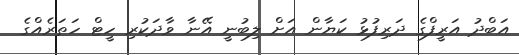
އަބްދު އަރީފްގެ ދަރިފުޅު ކަޔާން އަށް ލިބުނީ އޭނާ ވާދަކުރި ހީޓް ހަތަރެއްގެ